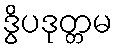
ဒွိပဒုတ္တမ